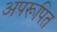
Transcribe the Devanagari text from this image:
अपरूपित